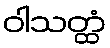
ဝါသတ္ထံ